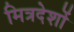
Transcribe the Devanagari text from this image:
मित्रदेशों